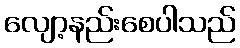
လျော့နည်းစေပါသည်